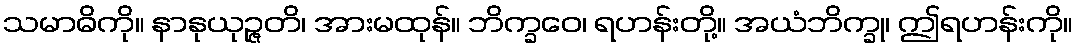
သမာဓိကို။ နာနုယုဉ္ဇတိ၊ အားမထုန်။ ဘိက္ခဝေ၊ ရဟန်းတို့။ အယံဘိက္ခု၊ ဤရဟန်းကို။